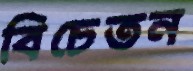
বিচেতন